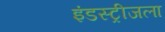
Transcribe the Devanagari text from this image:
इंडस्ट्रीजला